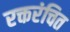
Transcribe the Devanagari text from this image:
रक्तरंचित